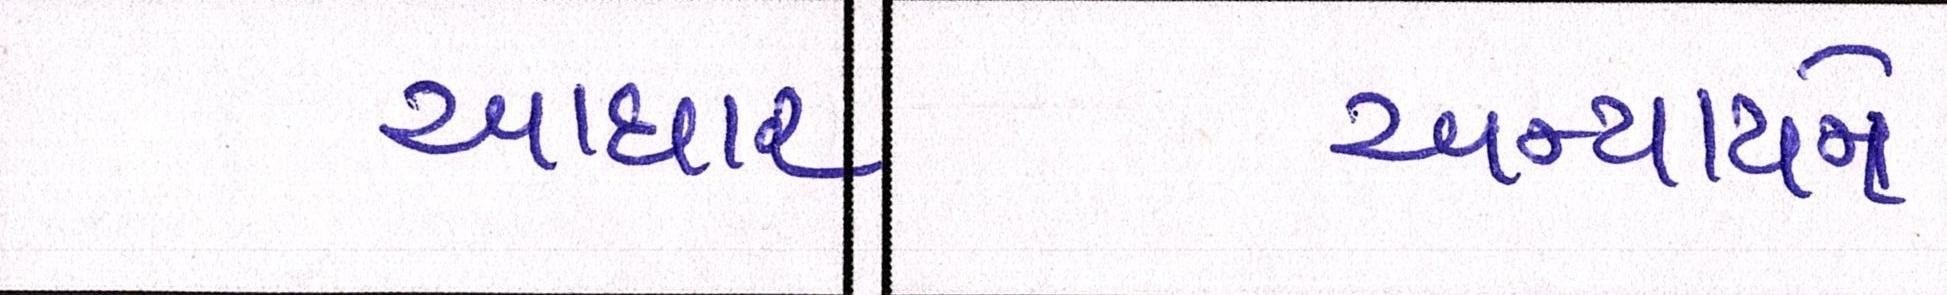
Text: આધાર